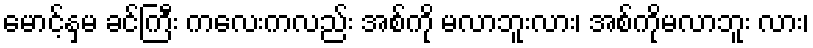
မောင့်နှမ ခင်ကြီး ကလေးကလည်း အစ်ကို မလာဘူးလား၊ အစ်ကိုမလာဘူး လား၊